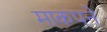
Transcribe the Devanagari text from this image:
माकपने